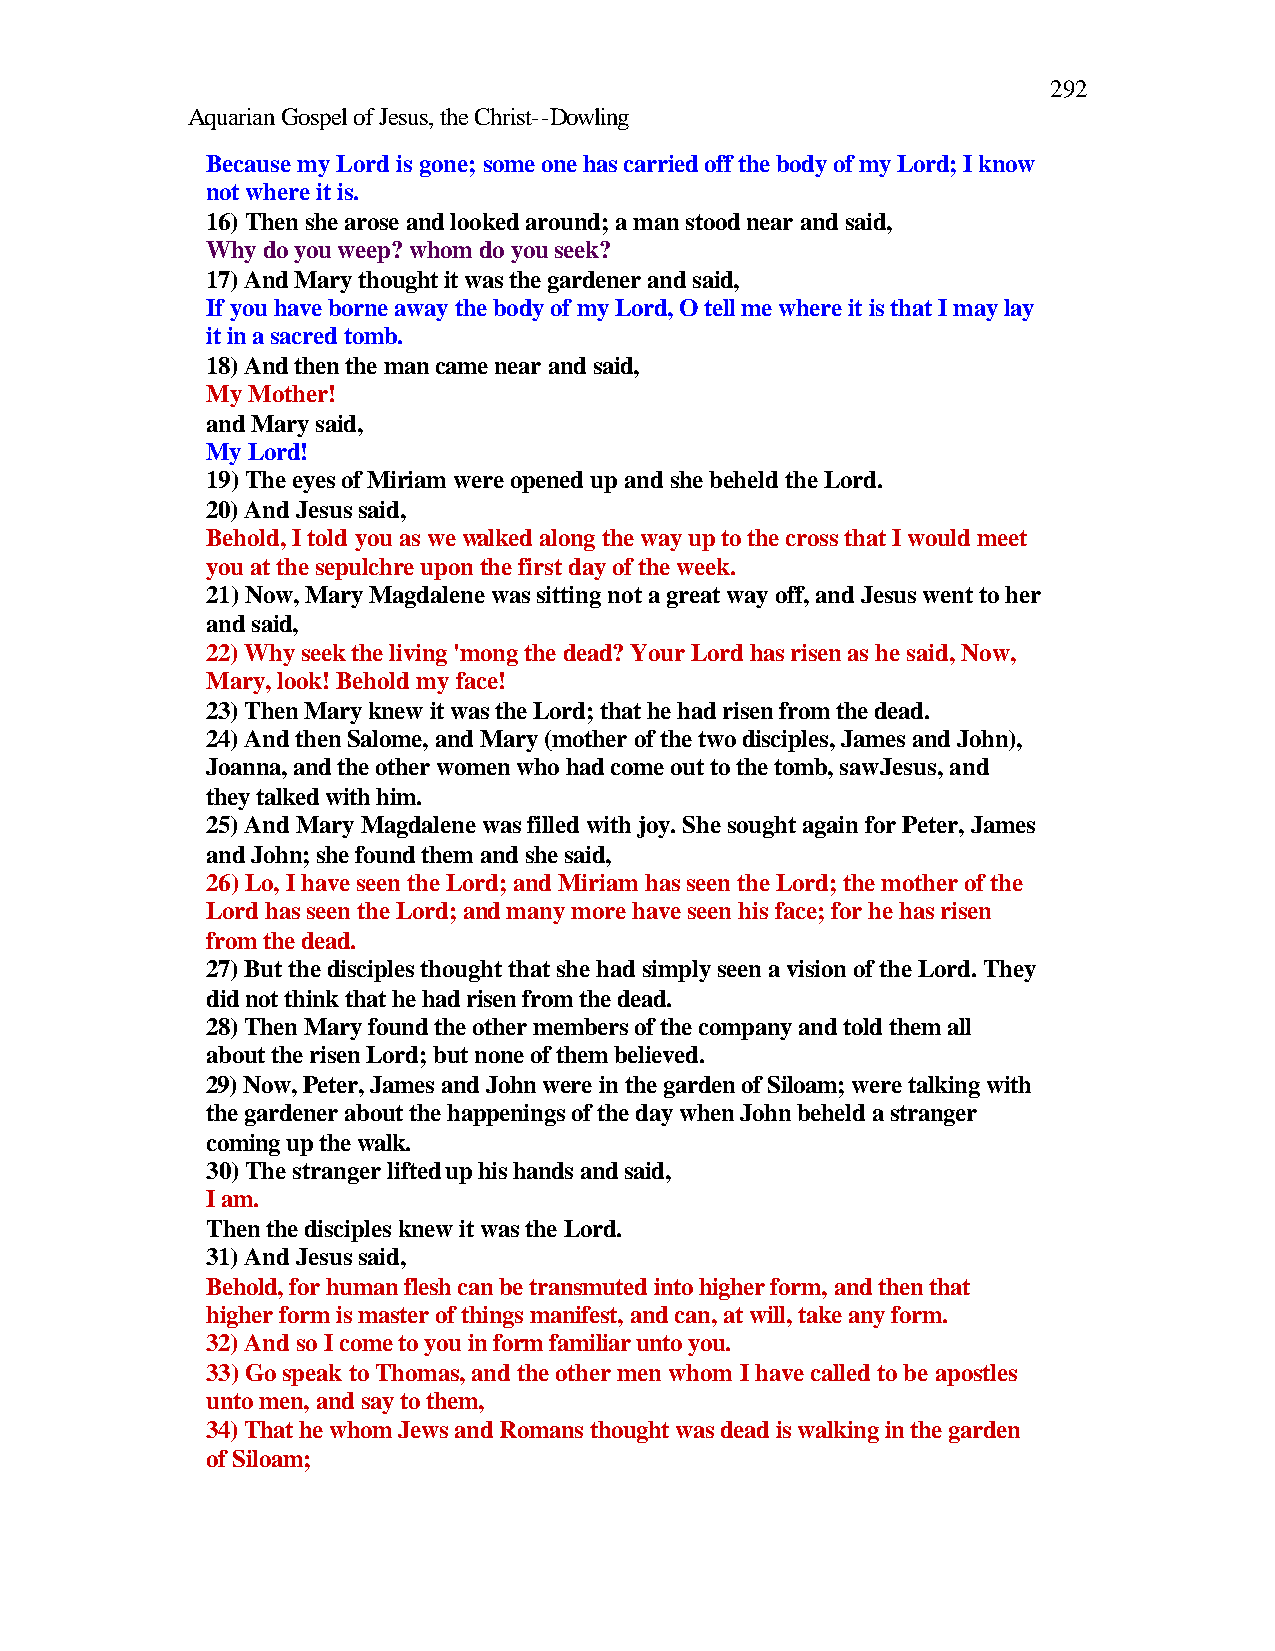
292
 Aquarian Gospel of Jesus, the Christ--Dowling
 Because my Lord is gone; some one has carried off the body of my Lord; I know
 not where it is.
 16) Then she arose and looked around; a man stood near and said,
 Why do you weep? whom do you seek?
 17) And Mary thought it was the gardener and said,
 If you have borne away the body of my Lord, O tell me where it is that I may lay
 it in a sacred tomb.
 18) And then the man came near and said,
 My Mother!
 and Mary said,
 My Lord!
 19) The eyes of Miriam were opened up and she beheld the Lord.
 20) And Jesus said,
 Behold, I told you as we walked along the way up to the cross that I would meet
 you at the sepulchre upon the first day of the week.
 21) Now, Mary Magdalene was sitting not a great way off, and Jesus went to her
 and said,
 22) Why seek the living 'mong the dead? Your Lord has risen as he said, Now,
 Mary, look! Behold my face!
 23) Then Mary knew it was the Lord; that he had risen from the dead.
 24) And then Salome, and Mary (mother of the two disciples, James and John),
 Joanna, and the other women who had come out to the tomb, saw Jesus, and
 they talked with him.
 25) And Mary Magdalene was filled with joy. She sought again for Peter, James
 and John; she found them and she said,
 26) Lo, I have seen the Lord; and Miriam has seen the Lord; the mother of the
 Lord has seen the Lord; and many more have seen his face; for he has risen
 from the dead.
 27) But the disciples thought that she had simply seen a vision of the Lord. They
 did not think that he had risen from the dead.
 28) Then Mary found the other members of the company and told them all
 about the risen Lord; but none of them believed.
 29) Now, Peter, James and John were in the garden of Siloam; were talking with
 the gardener about the happenings of the day when John beheld a stranger
 coming up the walk.
 30) The stranger lifted up his hands and said,
 I am.
 Then the disciples knew it was the Lord.
 31) And Jesus said,
 Behold, for human flesh can be transmuted into higher form, and then that
 higher form is master of things manifest, and can, at will, take any form.
 32) And so I come to you in form familiar unto you.
 33) Go speak to Thomas, and the other men whom I have called to be apostles
 unto men, and say to them,
 34) That he whom Jews and Romans thought was dead is walking in the garden
 of Siloam;